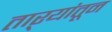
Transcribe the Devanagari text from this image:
ताऱ्यांतून